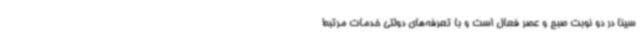
سینا در دو نوبت صبح و عصر فعال است و با تعرفه‌های دولتی خدمات مرتبط